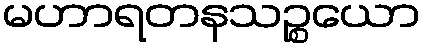
မဟာရတနသဉ္စယော